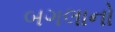
બગલાનો